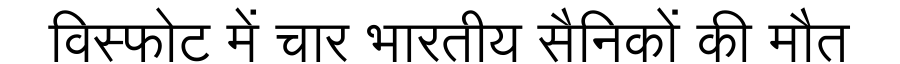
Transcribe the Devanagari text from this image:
विस्फोट में चार भारतीय सैनिकों की मौत